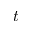
t